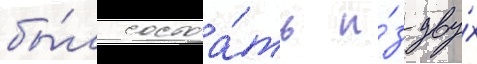
бы́л состоа́ть и́з дву́х